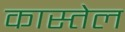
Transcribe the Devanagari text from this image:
कास्तेल